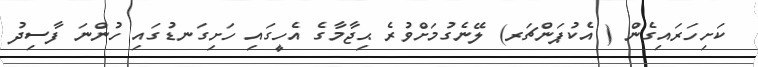
ކަށިހަރައިގެން ( އެކުޕަންޗަރ) ލޭނެގުމަށްވުރެ ޙިޖާމާގެ އެހީގައި ހަށިގަނޑުގައި ހުންނަ ފާސިދު